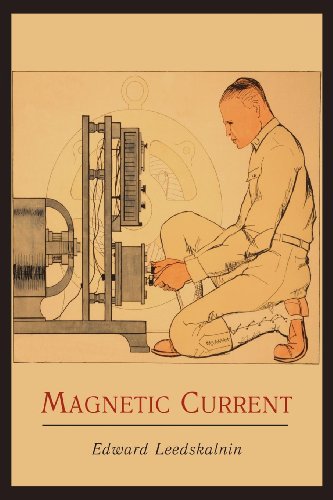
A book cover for Magnetic Current; Edward Leedskalnin; Science & Math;